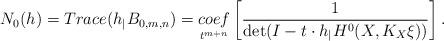
LaTeX: \begin{align*}N_{0}(h)=Trace(h_{\mid_{}}B_{0,m,n})=\underset{t^{m+n}}{coef}\left[\frac{1}{\det(I-t\cdot h_{\mid_{}} H^{0}(X,K_{X}\xi))}\right].\end{align*}